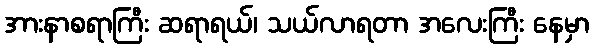
အားနာစရာကြီး ဆရာရယ်၊ သယ်လာရတာ အလေးကြီး နေမှာ